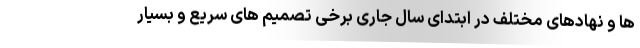
ها و نهادهای مختلف در ابتدای سال جاری برخی تصمیم های سریع و بسیار